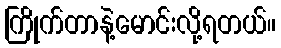
ကြိုက်တာနဲ့မောင်းလို့ရတယ်။